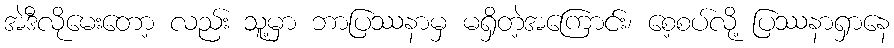
အဲဒီလိုမေးတော့ လည်း သူ့မှာ ဘာပြဿနာမှ မရှိတဲ့အကြောင်း၊ စေ့စပ်လို့ ပြဿနာရှာနေ